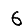
Digit: 6